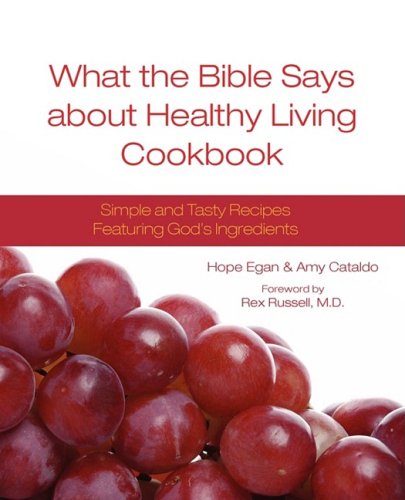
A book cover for What the Bible Says about Healthy Living Cookbook; Hope Egan; Christian Books & Bibles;